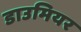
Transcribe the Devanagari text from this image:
डाउमियर